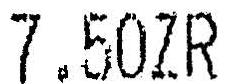
7.50ZR